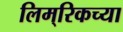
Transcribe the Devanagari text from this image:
लिम्‌रिकच्या